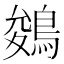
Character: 鵕